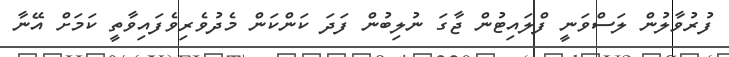
ފުރުވާލުން ލަސްވަނީ ފްލައިޓުން ޖާގަ ނުލިބުން ފަދަ ކަންކަން މެދުވެރިވެފައިވާތީ ކަމަށް އޭނާ